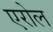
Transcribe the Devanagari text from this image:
एरोल